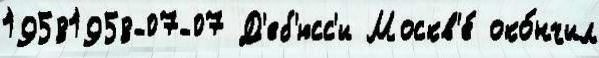
19581958-07-07 Д'еб'юсс'и Москв'е́ око́нчил